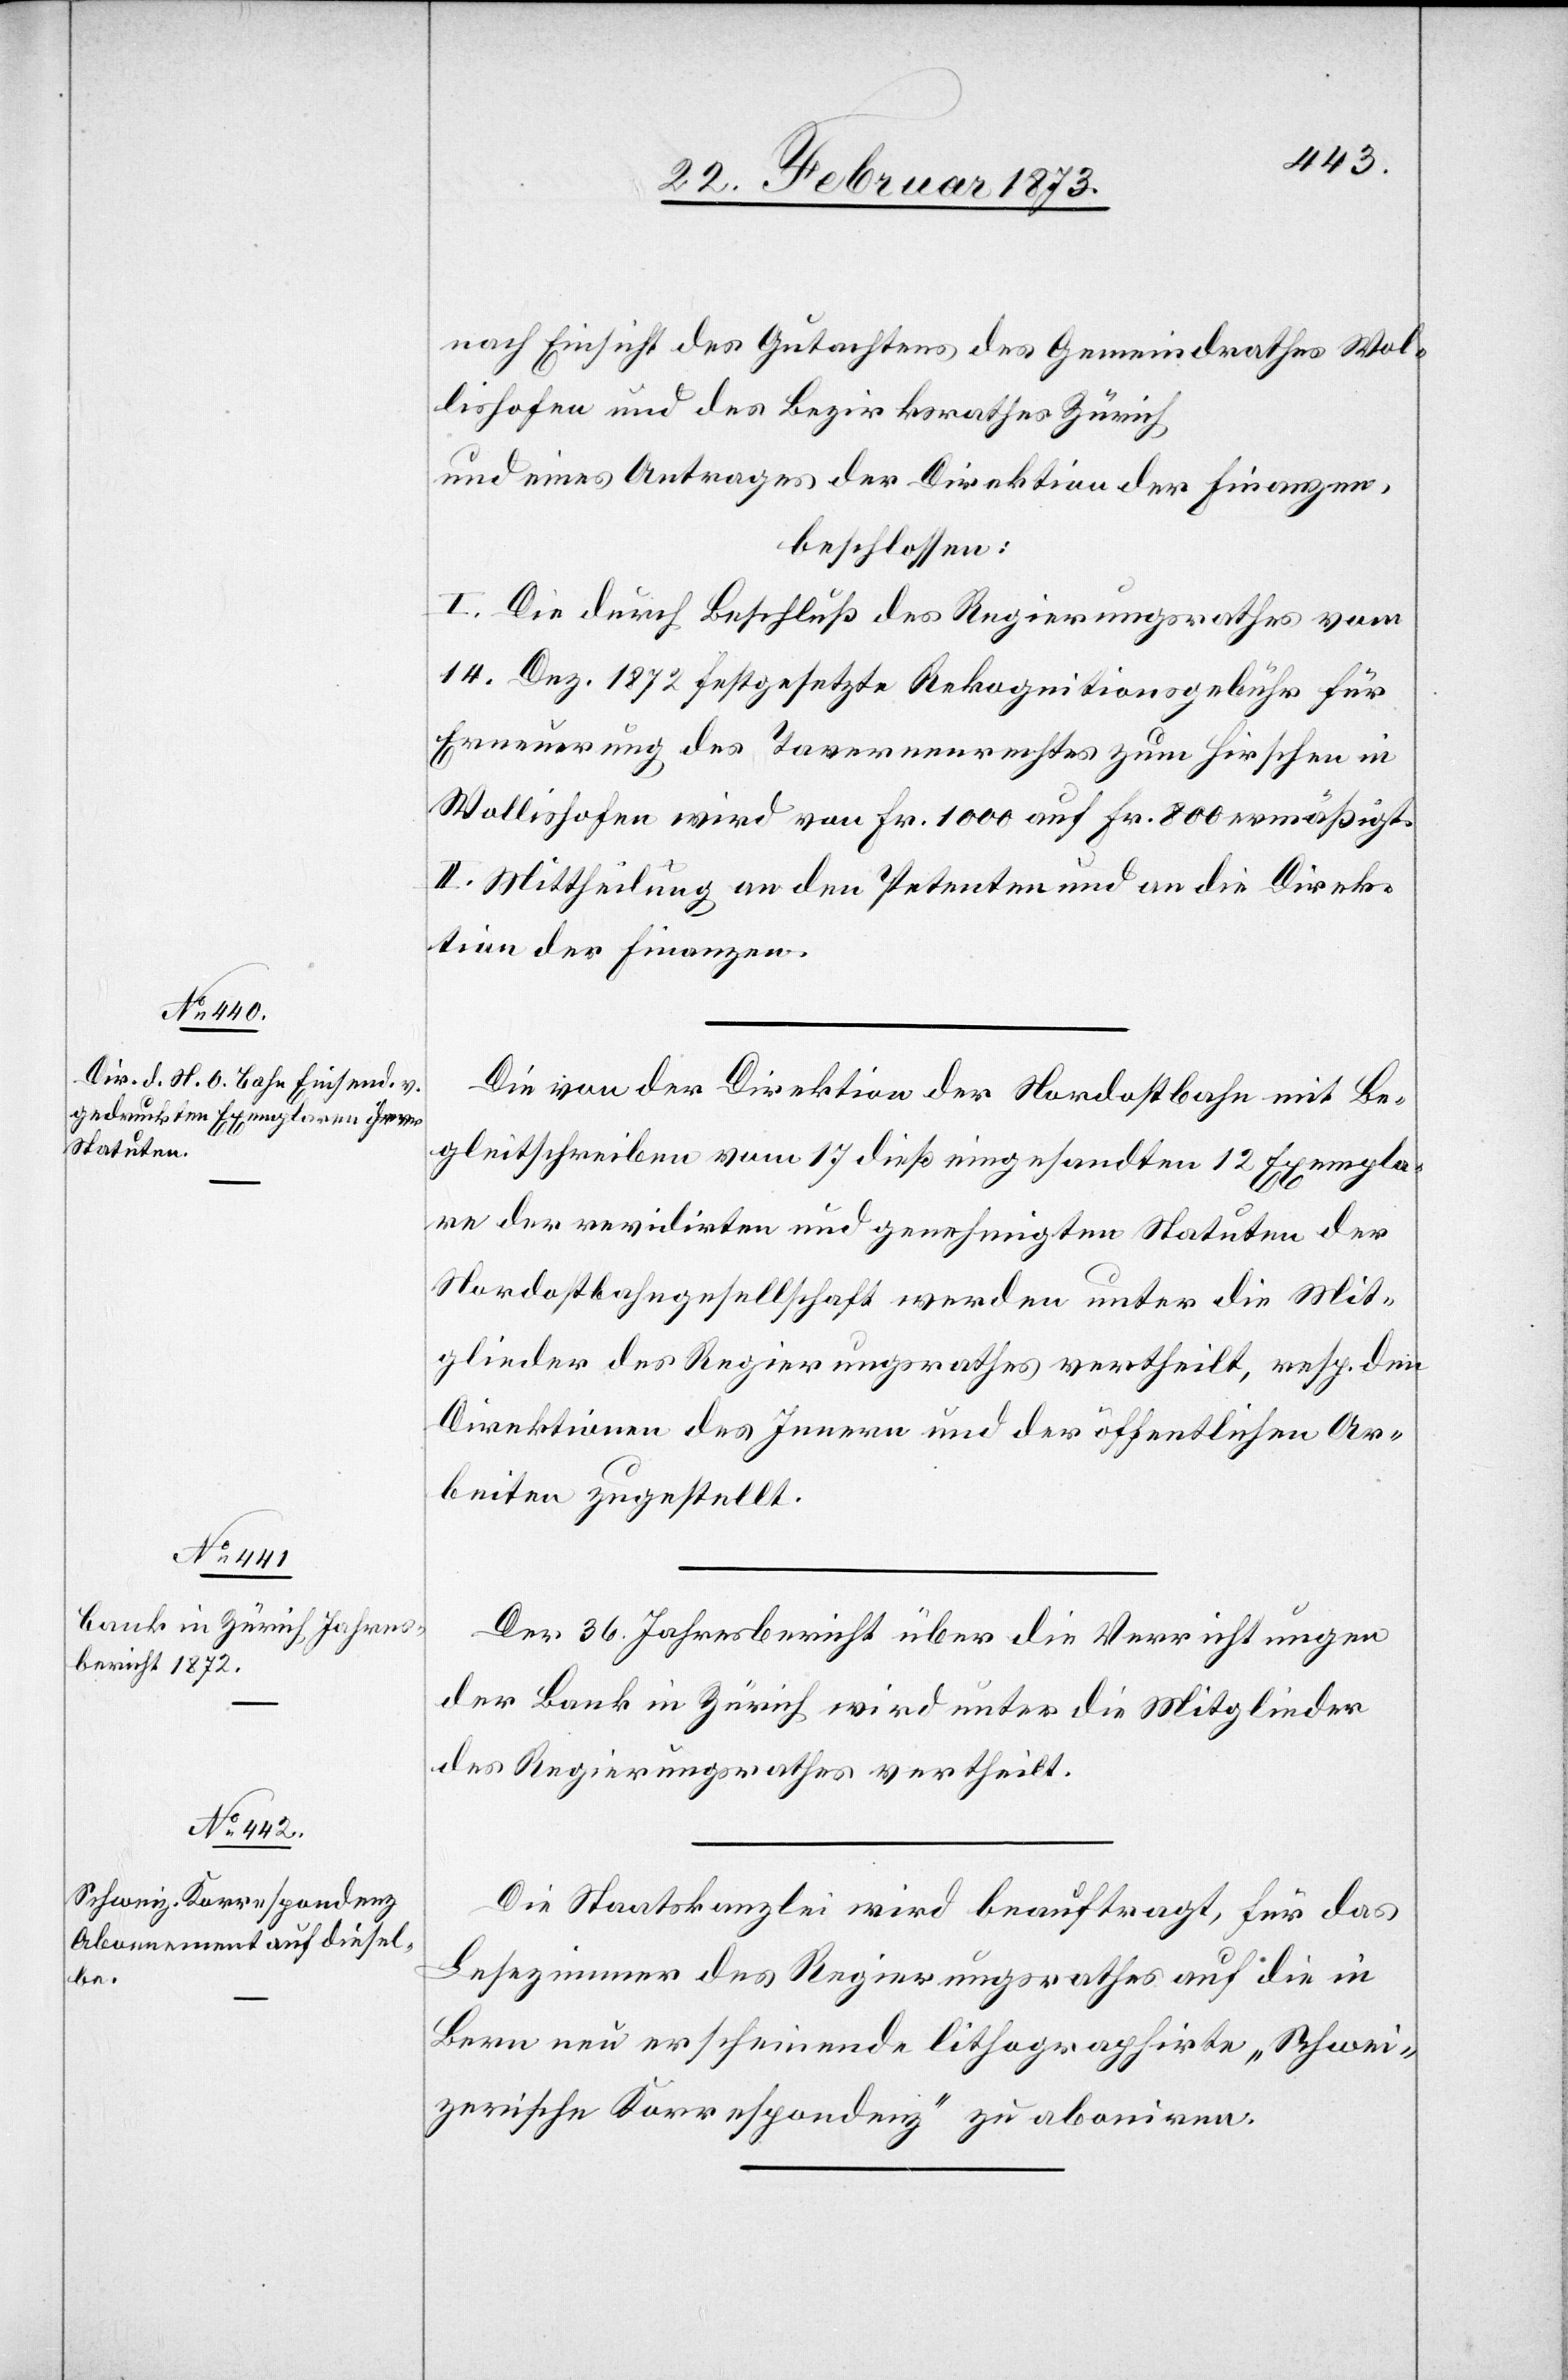
nach Einsicht des Gutachtens des Gemeindrathes Wol¬
lishofen und des Bezirksrathes Zürich
und eines Antrages der Direktion der Finanzen,
beschlossen:
I. Die durch Beschluss des Regierungsrathes vom
14. Dez. 1872 festgesetzte Rekognitionsgebühr für
Erneuerung des Tavernenrechtes zum Hirschen in
Wollishofen wird von Fr. 1000 auf Fr. 800 ermäßigt.
II. Mittheilung an den Petenten und an die Direk¬
tion der Finanzen.
Die von der Direktion der Nordostbahn mit Be¬
gleitschreiben vom 17. dieß eingesandten 12 Exempla¬
re der revidirten und genehmigten Statuten der
Nordostbahngesellschaft werden unter die Mit¬
glieder des Regierungsrathes vertheilt, resp. den
Direktionen des Innern und der öffentlichen Ar¬
beiten zugestellt.
Der 36. Jahresbericht über die Verrichtungen
der Bank in Zürich wird unter die Mitglieder
des Regierungsrathes vertheilt.
Die Staatskanzlei wird beauftragt, für das
Lesezimmer des Regierungsrathes auf die in
Bern neu erscheinende lithographirte „Schwei¬
zerische Korrespondenz“ zu aboniren.